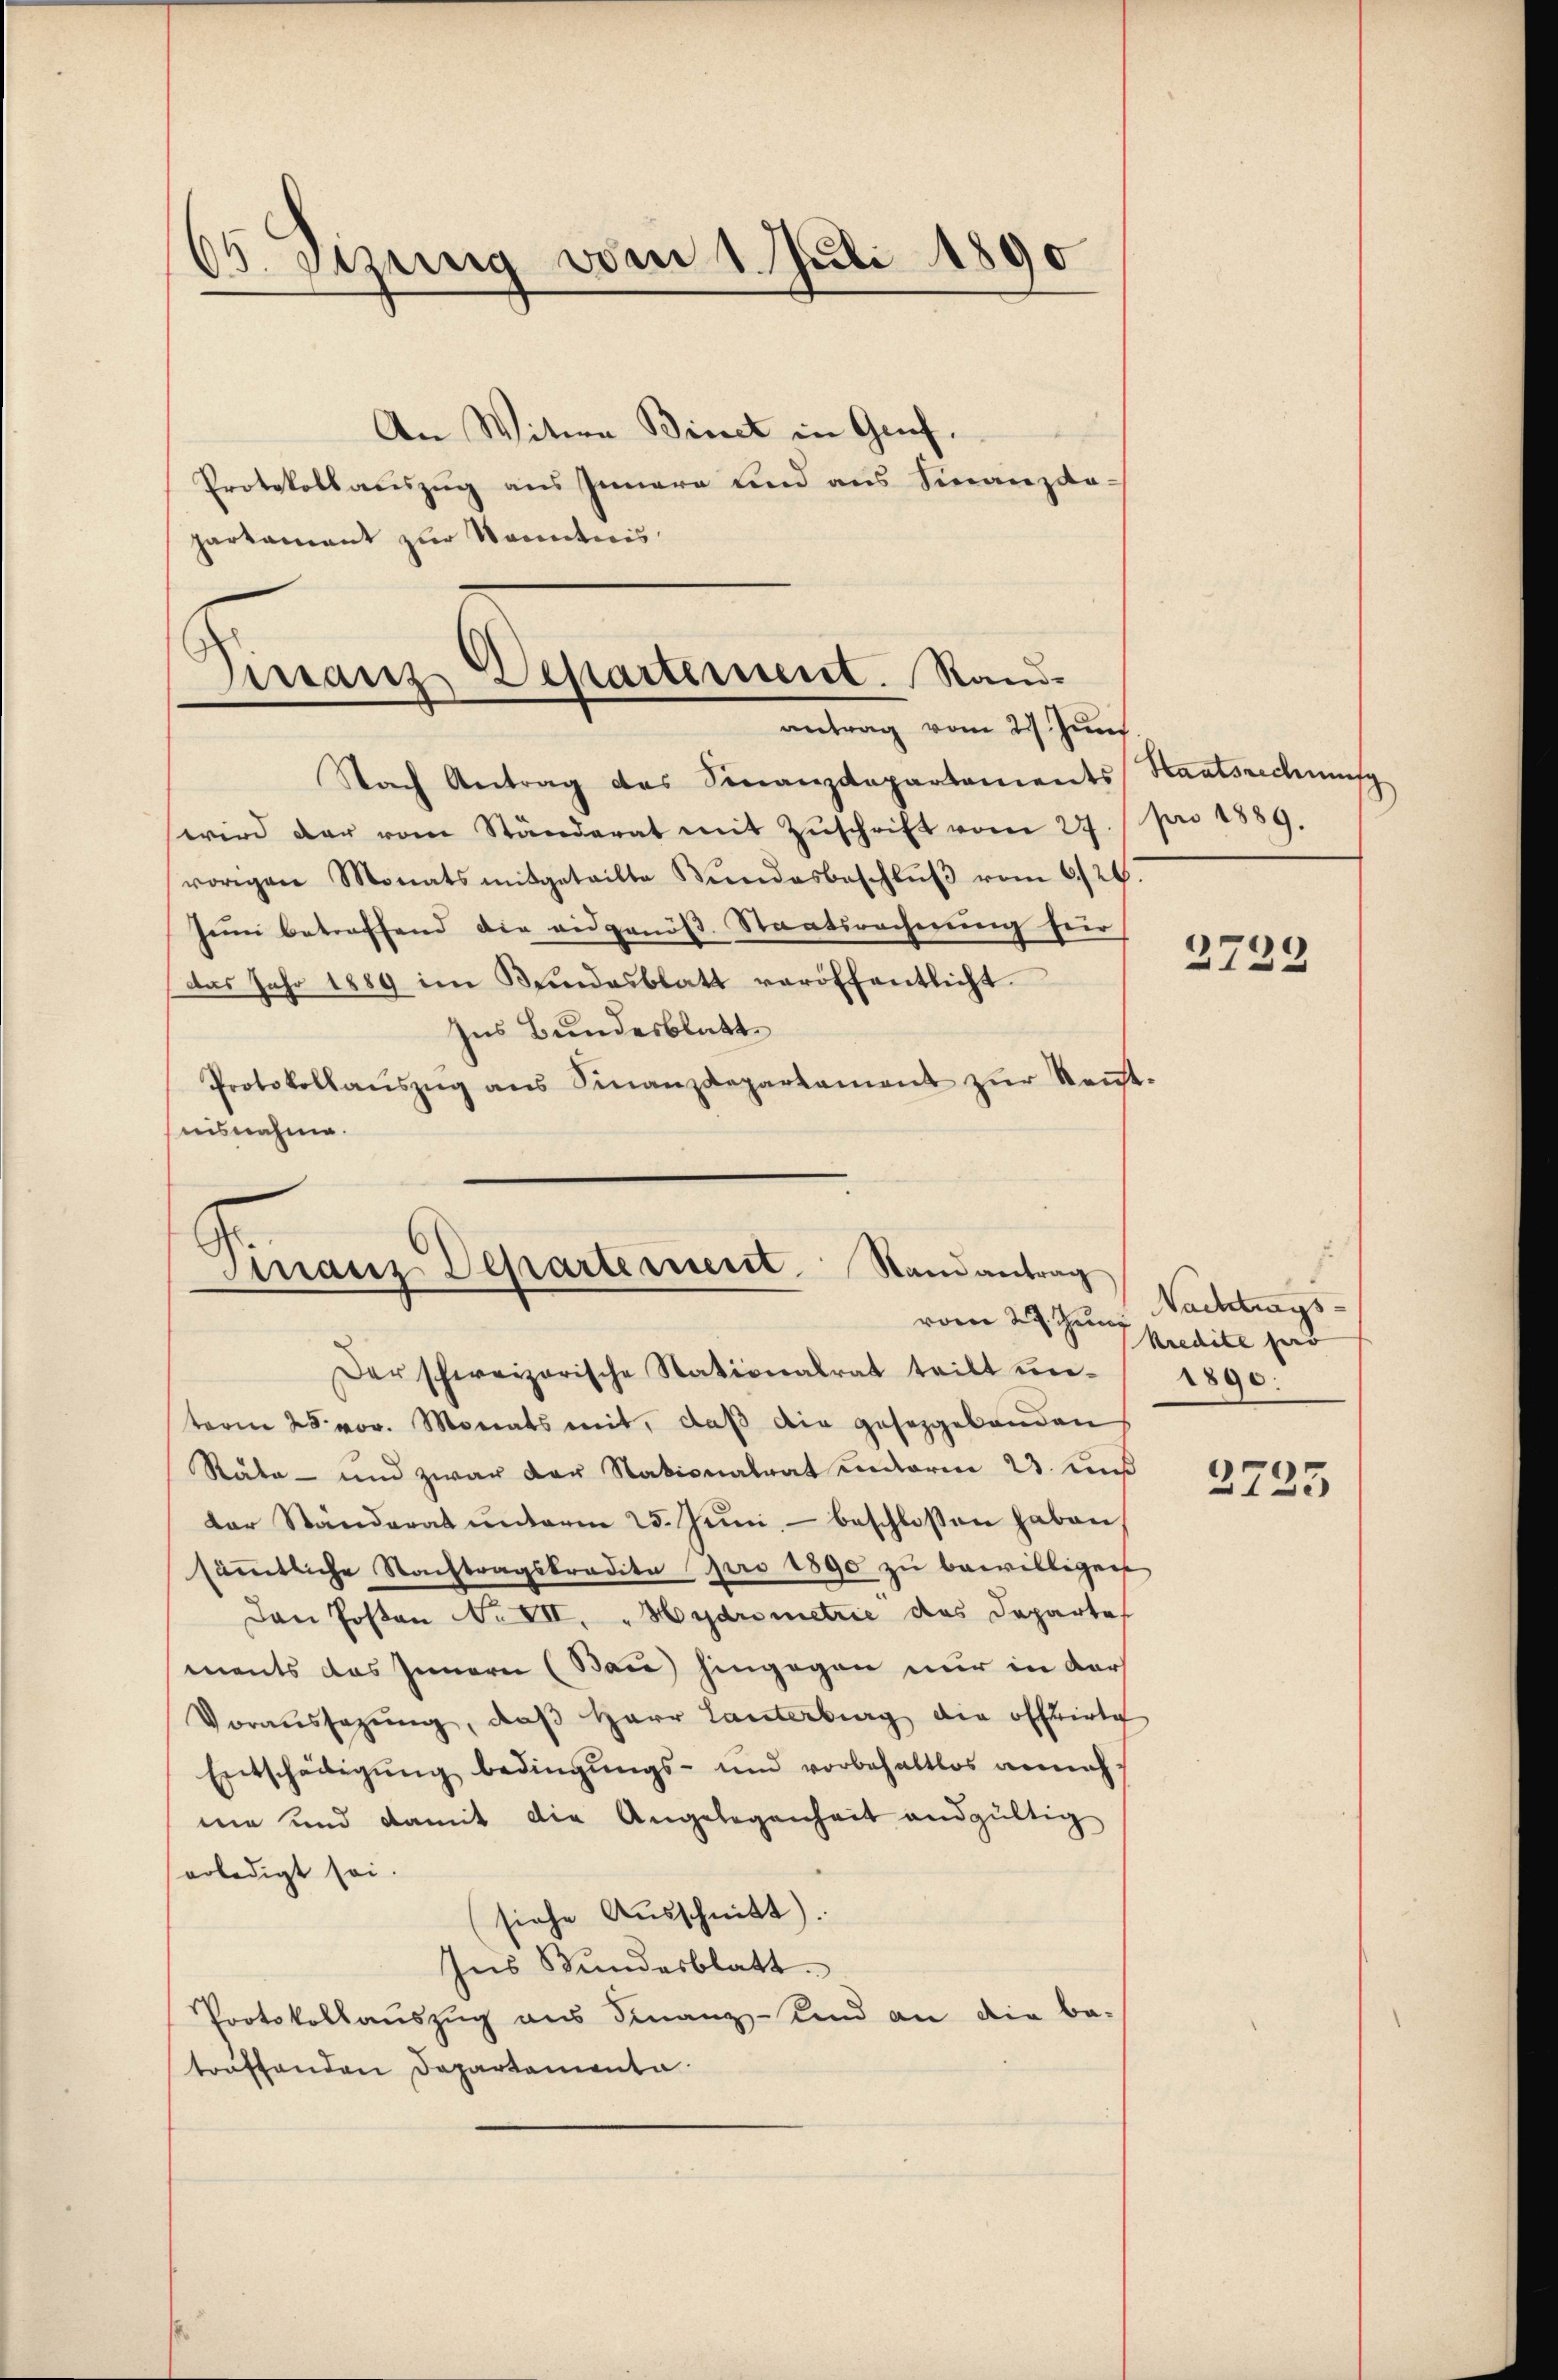
d.Stzung vom 1. Juli 1890

partament zur Kenntnis

Nach Antrag des Finanzdepartements
wird der vom Ständerat mit Zŭschrift vom 27. pro 1889.
vorigen Monatsmitgeteilte Bŭndesbeschlŭβ vom 6./26.
Juni betreffend die eidgenöß. Staatsrechnung für
das Jahr 1889 im Bundesblatt veröffentlicht.
Ins Bundesblatt
Protokollaŭszŭg ans Finanzdepartament zŭr Keṅt-
nisnahme.

An Witwe Binet in Gruf.
Protokollauszug aus Innern und aus Finanzda-

Virranz Departement. Randantrag vom 27. Juni

Finanz Departement. Randantrag
vom 29. Jung

Staatsrechnung

Der schweizerische Stationalrat teilt unterm 28. vor. Monats mit, daß die gesetzgebanden
Räte - und zwar der Stationalrat unterm 25. Fuß
der Standerat ŭnterm 25. Jŭni beschlossen haben.
sämmtliche Nachtragskredita pro 1890 zu bewilligen
Den Posten No VII, "Hydrometrie das Departe
ments das Innern (Bau) hingegen nur in der
Voraussetzŭng, daβ Herr Lanterburg die offrirte
Entschädigŭng bedingŭngs- und vorbehaltlos annahme und damit die Angelegenheit andgültig
erledigt sei.
(siehe Ausschnitt.
Ins Bundesblatt.
Protokollauszug aus Finanz-Kind an die be-
treffenden Departamenta

2729

Nachtrags-
kredite her
1890.

2725